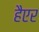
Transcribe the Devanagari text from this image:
हैएर